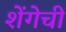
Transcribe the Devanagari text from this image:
शेंगेची